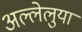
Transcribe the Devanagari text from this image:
अल्लेलुया